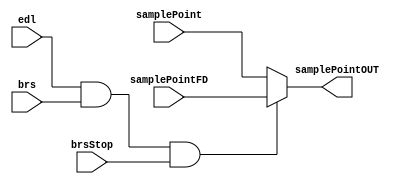
module datarate (samplePoint, samplePointFD, edl, brs, brsStop, samplePointOUT);

input wire samplePoint, samplePointFD, edl, brs, brsStop;
output wire samplePointOUT;

wire switch; 

assign switch = edl & brs & brsStop;

assign samplePointOUT = (switch == 0) ? samplePoint : samplePointFD;

endmodule